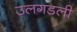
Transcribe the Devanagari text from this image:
उलगडली